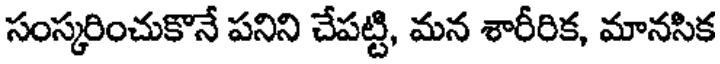
సంస్కరించుకొనే పనిని చేపట్టి, మన శారీరిక, మానసిక